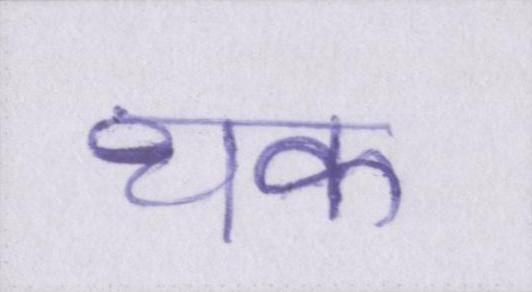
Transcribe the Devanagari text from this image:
थक